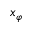
x _ { \varphi }